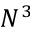
N ^ { 3 }